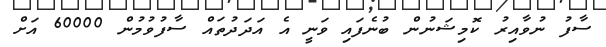
ސާފު ނުވާއިރު ކޮމިޝަނުން ބުނެފައި ވަނީ އެ އަދަދުތައް ސާފުވުމުން 60000 އަށް